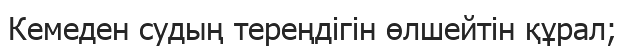
Кемеден судың тереңдігін өлшейтін құрал;